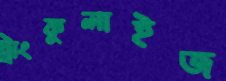
ট্রাংকুলাইজ